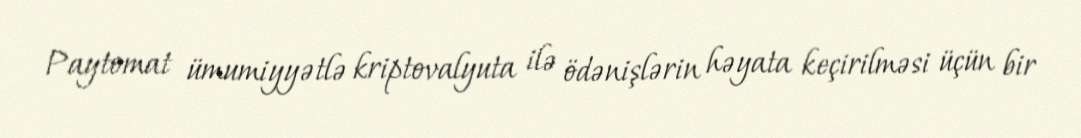
Paytomat ümumiyyətlə kriptovalyuta ilə ödənişlərin həyata keçirilməsi üçün bir